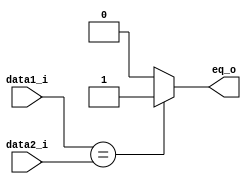
module EQ(
	data1_i,
	data2_i,
	eq_o
);

input [31:0] data1_i, data2_i;
output eq_o;

assign eq_o = (data1_i == data2_i)? 1: 0;

endmodule